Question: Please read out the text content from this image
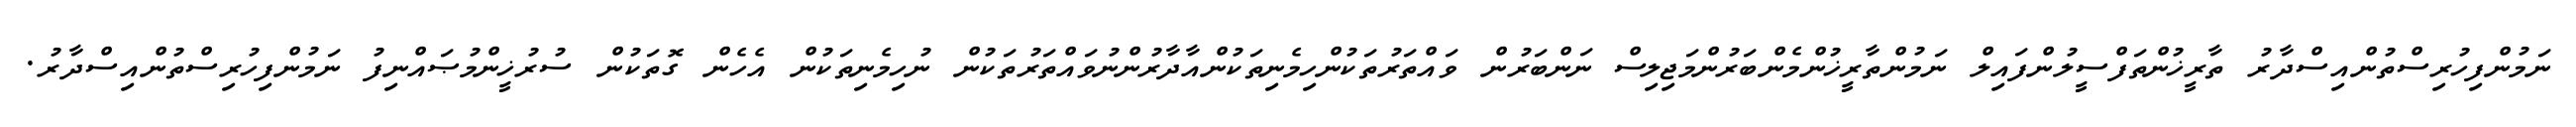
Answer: ނަމުންފިހުރިސްތުންއިސްދާރު ތާރީޚުންތަފްސީލުންފައިލް ނަމުންތާރީޚުންމެންބަރުންމަޖިލިސް ނަންބަރުން ވައްތަރުތަކުންހިމެނިތަކުންއާދާރުންނުވައްތަރުތަކުން ނުހިމެނިތަކުން އެހެން ގޮތަކުން ސުރުޚީންމުޞައްނިފު ނަމުންފިހުރިސްތުންއިސްދާރު.